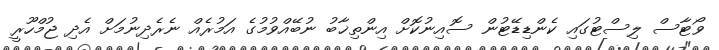
ވޯޓާސް ލިސްޓުގައި ކެންޑިޑޭޓުން ސޮއިނުކޮށް އިންތިޚާބު ނުބޭއްވުމުގެ އަމުރެއް ނެރެދިނުމަށް އެދި ޖުމްހޫރީ